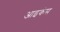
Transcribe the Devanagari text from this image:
आइकंस